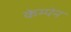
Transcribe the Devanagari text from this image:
केम्पेन